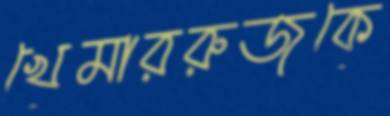
খেমাররুজকে